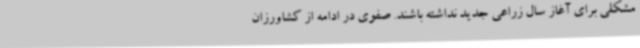
مشکلی برای آغاز سال زراعی جدید نداشته باشند. صفوی در ادامه از کشاورزان